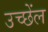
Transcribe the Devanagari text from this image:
उच्छेंल